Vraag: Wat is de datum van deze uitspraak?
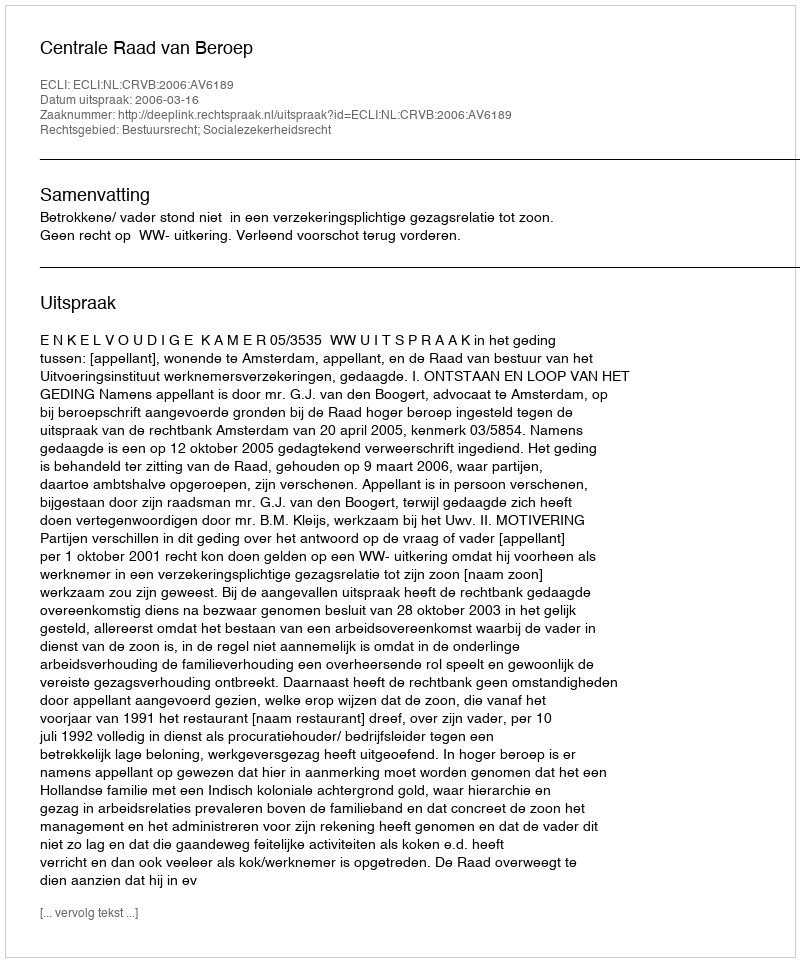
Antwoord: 2006-03-16